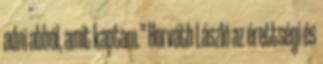
adni abból, amit kaptam.” Horváth László az érettségi és